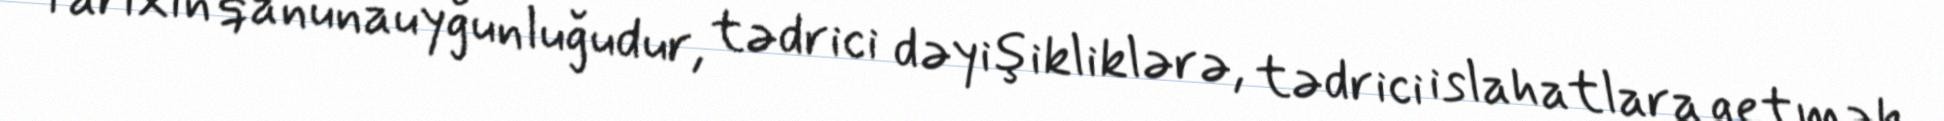
Tarixin qanunauyğunluğudur, tədrici dəyişikliklərə, tədrici islahatlara getmək